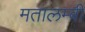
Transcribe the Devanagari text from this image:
मतालम्बी